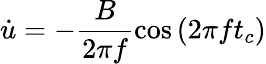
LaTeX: \dot{u}=-\frac{B}{2\pi f}\cos{\left(2\pi ft_{c}\right)}